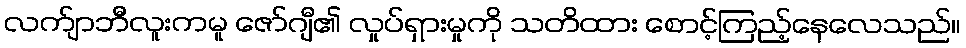
လက်ျာဘီလူးကမူ ဇော်ဂျီ၏ လှုပ်ရှားမှုကို သတိထား စောင့်ကြည့်နေလေသည်။